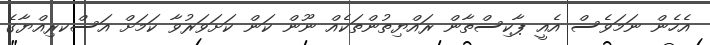
އެހެން ނަމަވެސް އެއީ ޕާކިސްތާން ރައްޔިތުންތަކެއް ނޫން ކަން ކަށަވަރުވާ ކަމަށް އަސްކރިއްޔާގެ